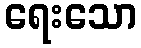
ရေးသော